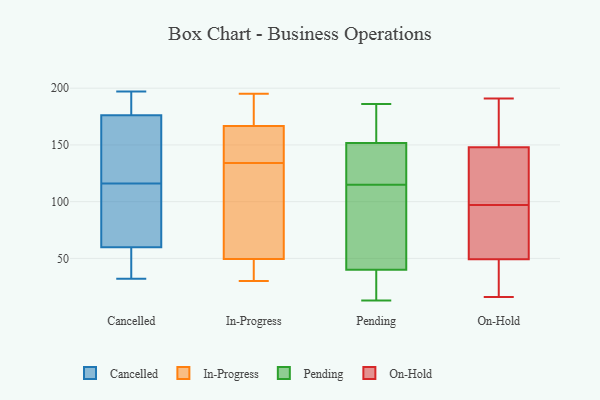
{"axis": {"x": "Page Views", "y": "Value"}, "legend": ["Cancelled", "In-Progress", "On-Hold", "Pending"], "data": [{"x": "", "y": 77, "type": "Cancelled"}, {"x": "", "y": 116, "type": "Cancelled"}, {"x": "", "y": 38, "type": "Cancelled"}, {"x": "", "y": 32, "type": "Cancelled"}, {"x": "", "y": 197, "type": "Cancelled"}, {"x": "", "y": 54, "type": "Cancelled"}, {"x": "", "y": 181, "type": "Cancelled"}, {"x": "", "y": 128, "type": "Cancelled"}, {"x": "", "y": 162, "type": "Cancelled"}, {"x": "", "y": 186, "type": "Cancelled"}, {"x": "", "y": 101, "type": "Cancelled"}, {"x": "", "y": 174, "type": "In-Progress"}, {"x": "", "y": 32, "type": "In-Progress"}, {"x": "", "y": 37, "type": "In-Progress"}, {"x": "", "y": 169, "type": "In-Progress"}, {"x": "", "y": 141, "type": "In-Progress"}, {"x": "", "y": 182, "type": "In-Progress"}, {"x": "", "y": 134, "type": "In-Progress"}, {"x": "", "y": 195, "type": "In-Progress"}, {"x": "", "y": 160, "type": "In-Progress"}, {"x": "", "y": 138, "type": "In-Progress"}, {"x": "", "y": 54, "type": "In-Progress"}, {"x": "", "y": 30, "type": "In-Progress"}, {"x": "", "y": 78, "type": "In-Progress"}, {"x": "", "y": 48, "type": "In-Progress"}, {"x": "", "y": 62, "type": "In-Progress"}, {"x": "", "y": 98, "type": "Pending"}, {"x": "", "y": 61, "type": "Pending"}, {"x": "", "y": 13, "type": "Pending"}, {"x": "", "y": 23, "type": "Pending"}, {"x": "", "y": 156, "type": "Pending"}, {"x": "", "y": 115, "type": "Pending"}, {"x": "", "y": 186, "type": "Pending"}, {"x": "", "y": 165, "type": "Pending"}, {"x": "", "y": 116, "type": "Pending"}, {"x": "", "y": 21, "type": "Pending"}, {"x": "", "y": 173, "type": "Pending"}, {"x": "", "y": 46, "type": "Pending"}, {"x": "", "y": 131, "type": "Pending"}, {"x": "", "y": 139, "type": "Pending"}, {"x": "", "y": 38, "type": "Pending"}, {"x": "", "y": 46, "type": "On-Hold"}, {"x": "", "y": 137, "type": "On-Hold"}, {"x": "", "y": 191, "type": "On-Hold"}, {"x": "", "y": 145, "type": "On-Hold"}, {"x": "", "y": 163, "type": "On-Hold"}, {"x": "", "y": 149, "type": "On-Hold"}, {"x": "", "y": 81, "type": "On-Hold"}, {"x": "", "y": 39, "type": "On-Hold"}, {"x": "", "y": 84, "type": "On-Hold"}, {"x": "", "y": 97, "type": "On-Hold"}, {"x": "", "y": 16, "type": "On-Hold"}, {"x": "", "y": 152, "type": "On-Hold"}, {"x": "", "y": 101, "type": "On-Hold"}, {"x": "", "y": 21, "type": "On-Hold"}, {"x": "", "y": 59, "type": "On-Hold"}]}